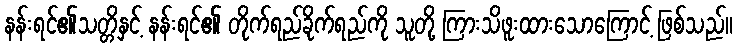
နန်းရင်၏သတ္တိနှင့် နန်းရင်၏ တိုက်ရည်ခိုက်ရည်ကို သူတို့ ကြားသိဖူးထားသောကြောင့် ဖြစ်သည်။